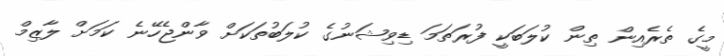
މީގެ ތެރެއިން ތިން ކުލަބަކީ ފުރަތަމަ ޑިވިޝަނުގެ ކުލަބުތަކަށް ވާންޖެހޭނެ ކަމަށް ލާޒިމް